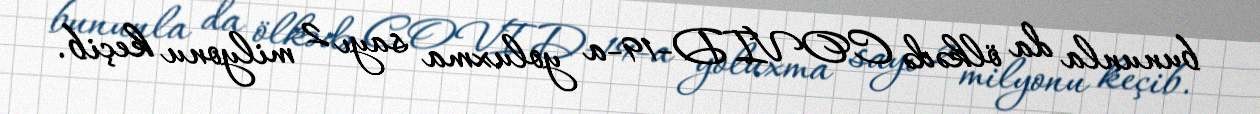
bununla da ölkədə COVID-19-a yoluxma sayı 2 milyonu keçib.